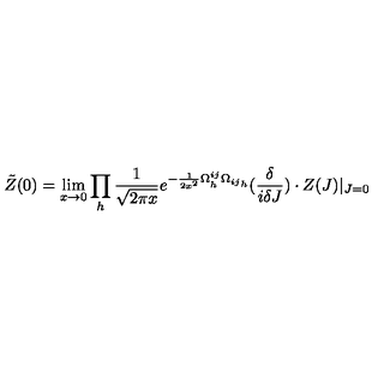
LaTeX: \tilde { Z } ( 0 ) = \lim _ { x \rightarrow 0 } \prod _ { h } \frac { 1 } { \sqrt { 2 \pi x } } e ^ { - \frac { 1 } { 2 x ^ { 2 } } \Omega _ { h } ^ { i j } { \Omega _ { i j } } _ { h } } ( { \frac { \delta } { i \delta J } } ) \cdot Z ( J ) | _ { J = 0 }